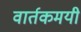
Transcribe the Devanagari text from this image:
वार्तकमयी